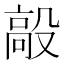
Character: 毃